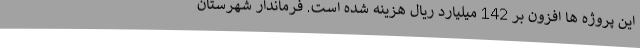
این پروژه ها افزون بر 142 میلیارد ریال هزینه شده است. فرماندار شهرستان